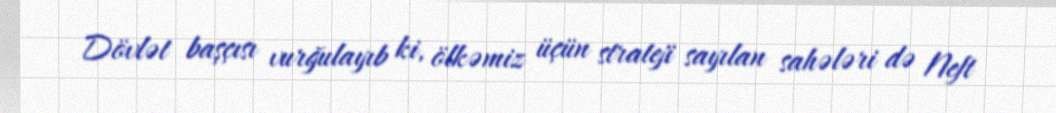
Dövlət başçısı vurğulayıb ki, ölkəmiz üçün strateji sayılan sahələri də Neft